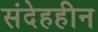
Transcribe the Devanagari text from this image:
संदेहहीन